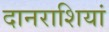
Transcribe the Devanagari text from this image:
दानराशियां